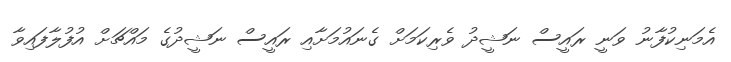
އެމަނިކުފާނު ވަނީ ރައީސް ނަޝީދު ވެރިކަމަށް ގެނައުމަށާއި ރައީސް ނަޝީދުގެ މައްޗަށް އުފުލާފައިވާ